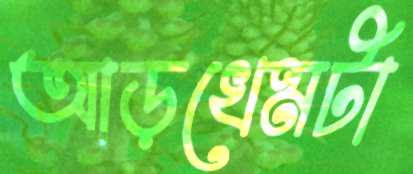
আড়খেমটা